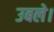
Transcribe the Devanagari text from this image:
उबले।